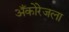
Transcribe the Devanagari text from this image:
अँकोरेजला